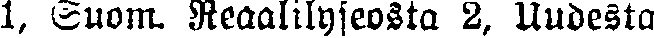
1, Suom. Reaalilyseosta 2, Uudesta